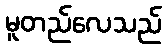
မူတည်လေသည်